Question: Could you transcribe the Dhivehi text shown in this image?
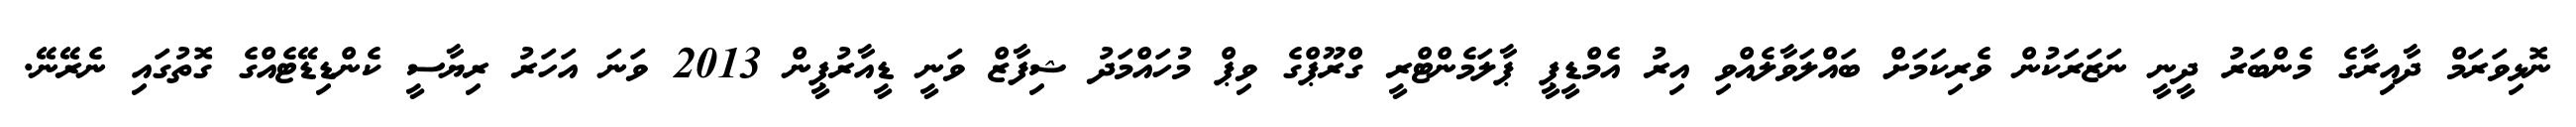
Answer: ނޮޅިވަރަމް ދާއިރާގެ މެންބަރު ދީނީ ނަޒަރަކުން ވެރިކަމަށް ބައްލަވާލެއްވި އިރު އެމްޑީޕީ ޕާލަމެންޓްރީ ގްރޫޕްގެ ވިޕް މުހައްމަދު ޝިފާޒް ވަނީ ޑީއާރުޕީން 2013 ވަނަ އަހަރު ރިޔާސީ ކެންޑިޑޭޓެއްގެ ގޮތުގައި ނެރޭނޭ.